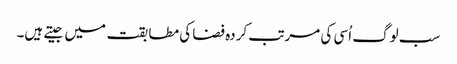
سب لوگ اُسی کی مرتب کردہ فضا کی مطابقت میں جیتے ہیں۔